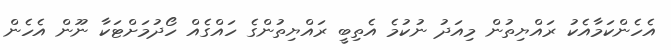
އެހެންކަމާއެކު ރައްޔިތުން މިއަދު ނުކުމެ އެތިބީ ރައްޔިތުންގެ ހައްގެއް ހޯދުމަށްޓަކާ ނޫން އެހެން